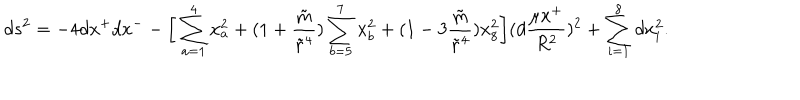
d s ^ { 2 } = - 4 d x ^ { + } d x ^ { - } - \bigg [ \sum _ { a = 1 } ^ { 4 } x _ { a } ^ { 2 } + ( 1 + { \frac { \tilde { m } } { { \tilde { r } } ^ { 4 } } } ) \sum _ { b = 5 } ^ { 7 } x _ { b } ^ { 2 } + ( 1 - 3 { \frac { \tilde { m } } { { \tilde { r } } ^ { 4 } } } ) x _ { 8 } ^ { 2 } \bigg ] ( d { \frac { \mu x ^ { + } } { R ^ { 2 } } } ) ^ { 2 } + \sum _ { i = 1 } ^ { 8 } d x _ { i } ^ { 2 } .